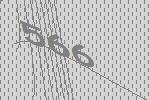
566